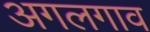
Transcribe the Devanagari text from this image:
अगलगाव